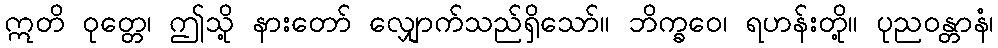
ဣတိ ဝုတ္တေ၊ ဤသို့ နားတော် လျှောက်သည်ရှိသော်။ ဘိက္ခဝေ၊ ရဟန်းတို့။ ပုညဝန္တာနံ၊